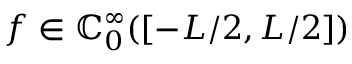
f \in \mathbb { C } _ { 0 } ^ { \infty } ( [ - L / 2 , L / 2 ] )